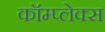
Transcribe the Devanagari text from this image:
कॉम्‍प्‍लेक्‍स